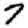
Digit: 7